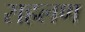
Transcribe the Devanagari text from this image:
सहलण